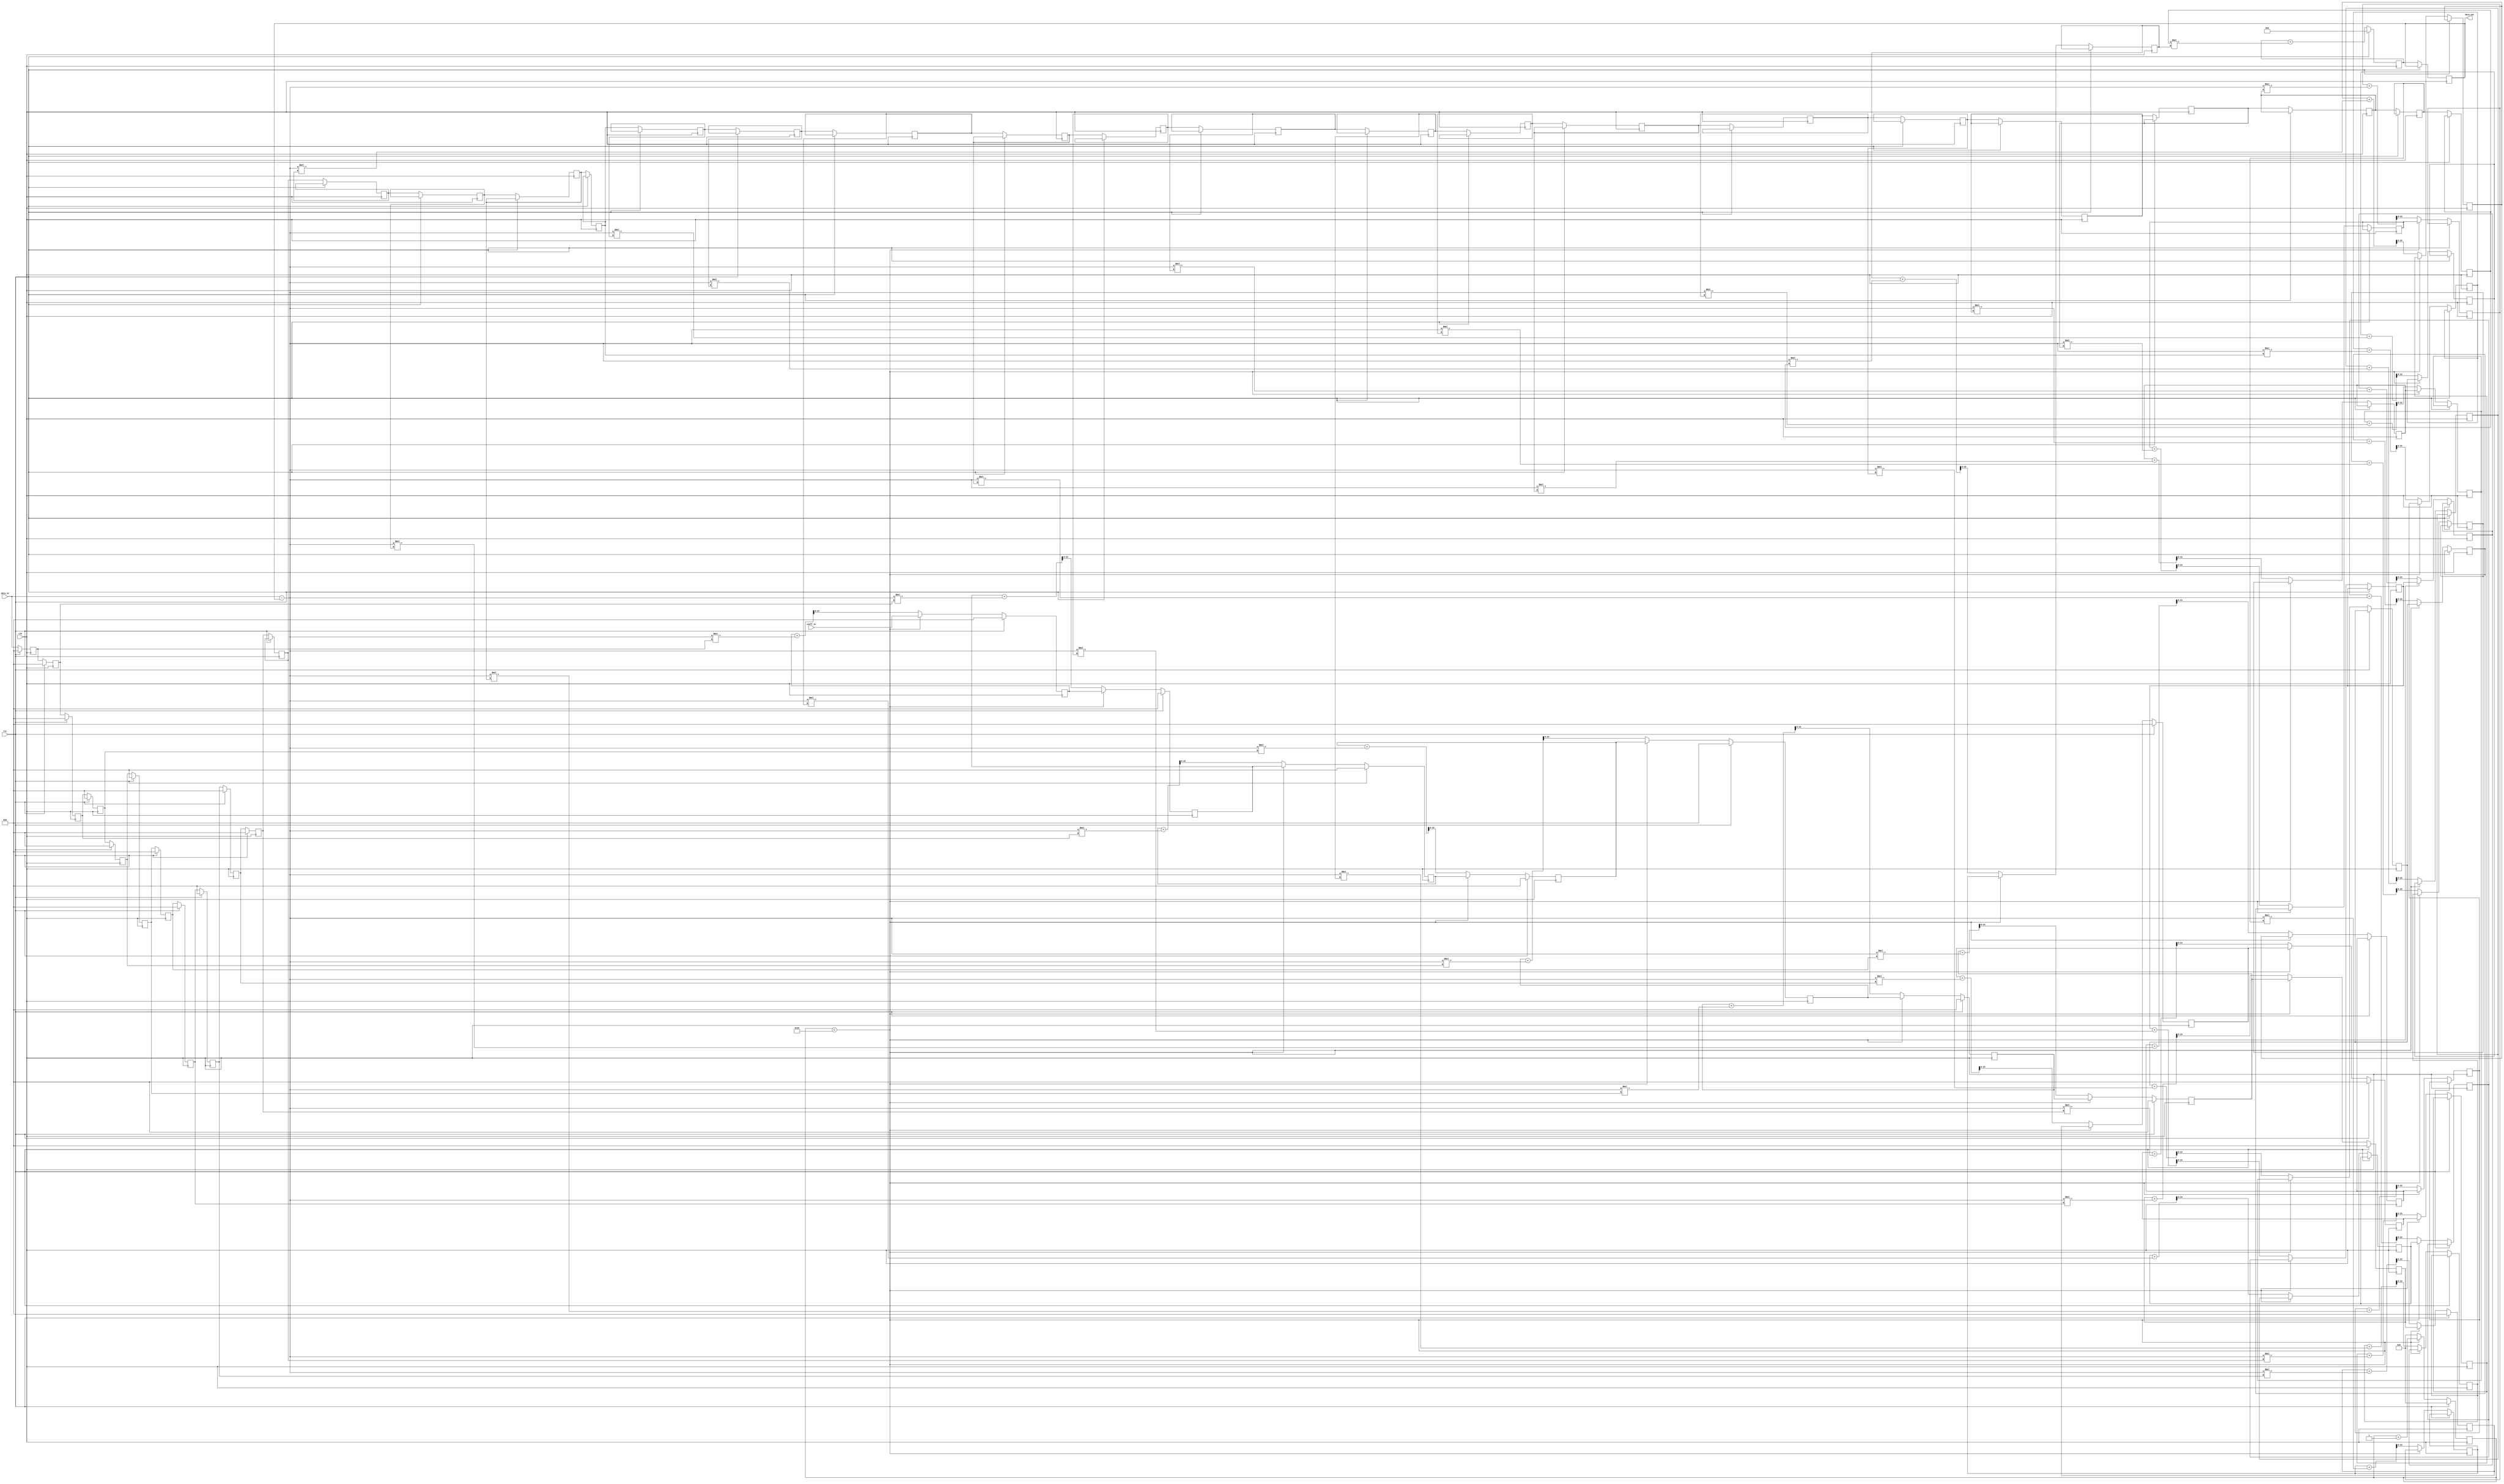
`timescale 1ns / 1ps
//////////////////////////////////////////////////////////////////////////////////
// Company: 
// Engineer: 
// 
// Design Name: 
// Module Name: Adaptive_FIR
// Project Name: 
// Target Devices: 
// Tool Versions: 
// Description: 
// 
// Dependencies: 
// 
// Revision:
// Revision 0.01 - File Created
// Additional Comments:
// 
//////////////////////////////////////////////////////////////////////////////////


module adaptive_fir_filter (
  input signed [15:0] data_in,
  input signed [15:0] coeff_in,
  output reg signed [31:0] data_out,
  input clk,
  input rst
);

  reg signed [15:0] x[0:31];
  reg signed [15:0] coeff[0:31];
  reg signed [31:0] acc;
  reg [4:0] n;
  integer i;

  always @(posedge clk) begin
    if (rst) begin
      acc <= 0;
      n <= 0;
      x[0] <= 0;
      x[1] <= 0;
      x[2] <= 0;
      x[3] <= 0;
      x[4] <= 0;
      x[5] <= 0;
      x[6] <= 0;
      x[7] <= 0;
      x[8] <= 0;
      x[9] <= 0;
      x[10] <= 0;
      coeff[0] <= 0;
      coeff[1] <= 0;
      coeff[2] <= 0;
      coeff[3] <= 0;
      coeff[4] <= 0;
      coeff[5] <= 0;
      coeff[6] <= 0;
      coeff[7] <= 0;
      coeff[8] <= 0;
      coeff[9] <= 0;
      coeff[10] <= 0;
    end else begin
      // Shift input samples in
      x[0] <= data_in;
      for (i = 1; i < 32; i = i + 1) begin
        x[i] <= x[i-1];
      end

      // Shift coefficient samples in
      coeff[0] <= coeff_in;
      for (i = 1; i < 32; i = i + 1) begin
        coeff[i] <= coeff[i-1];
      end

      // Calculate output
      acc <= 0;
      for (i = 0; i < 32; i = i + 1) begin
        acc <= acc + x[i] * coeff[i];
      end
      data_out <= acc;

      // Update coefficients using LMS algorithm
      if (n < 32) begin
        n <= n + 1;
      end else begin
        n <= 0;
        for (i = 0; i < 32; i = i + 1) begin
          coeff[i] <= coeff[i] + ((data_in - data_out) * x[i]) >> 8;
        end
      end
    end
  end

endmodule